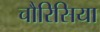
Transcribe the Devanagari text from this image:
चौरिसिया